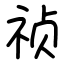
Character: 祯